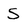
Character: S